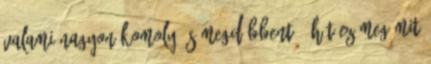
valami nagyon komoly és megdöbbentő. Hát ez meg mit